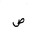
Letter: _sad